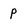
Character: p